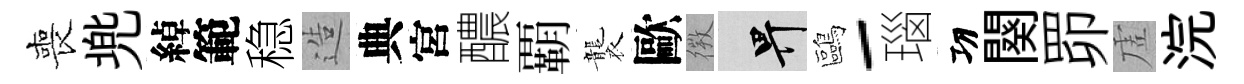
喪兠綽範稳造典宮醲覇襲歐𢕄畀鷗-瑙㓛闋𦊑虗浣